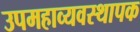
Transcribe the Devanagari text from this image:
उपमहाव्यवस्थापक